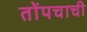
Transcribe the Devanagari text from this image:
तोंपचाची